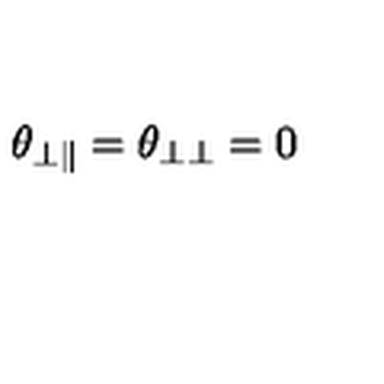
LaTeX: \theta _ { \bot \Vert } = \theta _ { \bot \bot } = 0